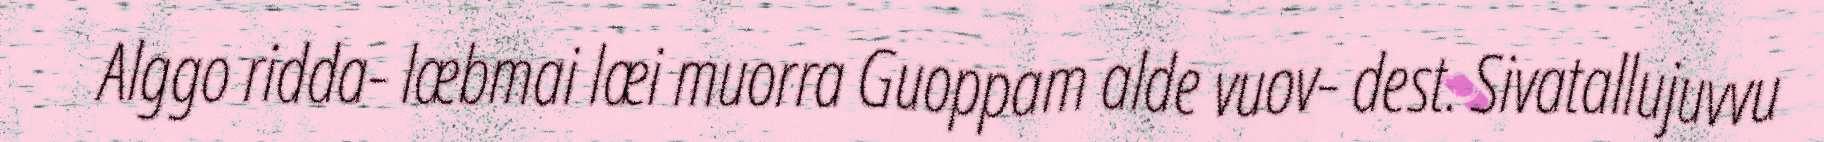
Alggo ridda- læbmai læi muorra Guoppam alde vuov- dest. Sivatallujuvvu